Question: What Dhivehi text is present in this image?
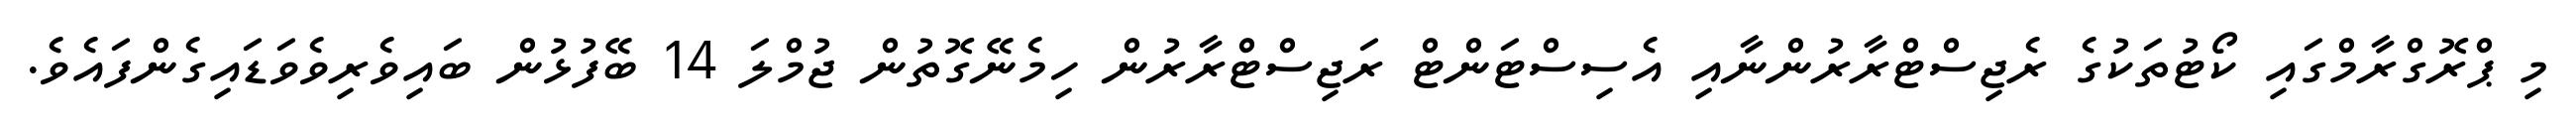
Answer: މި ޕްރޮގްރާމްގައި ކޯޓުތަކުގެ ރެޖިސްޓްރާރުންނާއި އެސިސްޓަންޓް ރަޖިސްޓްރާރުން ހިމެނޭގޮތުން ޖުމްލަ 14 ބޭފުޅުން ބައިވެރިވެވަޑައިގެންފައެވެ.